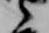
之